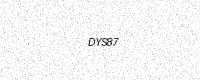
Text: DYS87